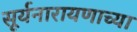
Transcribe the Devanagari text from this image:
सूर्यनारायणाच्या